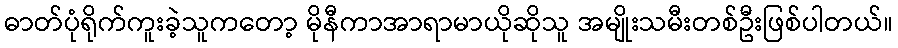
ဓာတ်ပုံရိုက်ကူးခဲ့သူကတော့ မိုနီကာအာရာမာယိုဆိုသူ အမျိုးသမီးတစ်ဦးဖြစ်ပါတယ်။